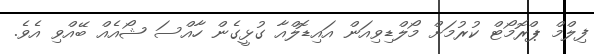
ފިލްމް ޕްރޮމޯޓް ކުރުމަށް މޯލްޑިވިއަން އައިޑޮލްއާ ގުޅީގެން ހާއްސަ ޝޯއެއް ބޭއްވި އެވެ.